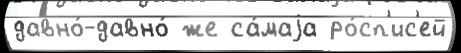
давно́-давно́ же са́маjа ро́сп'ис'ей